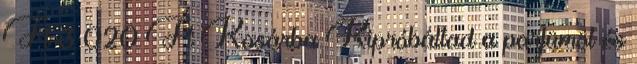
Ft 3 020 Ft Kosárba Kipróbáltad a parfümöt és